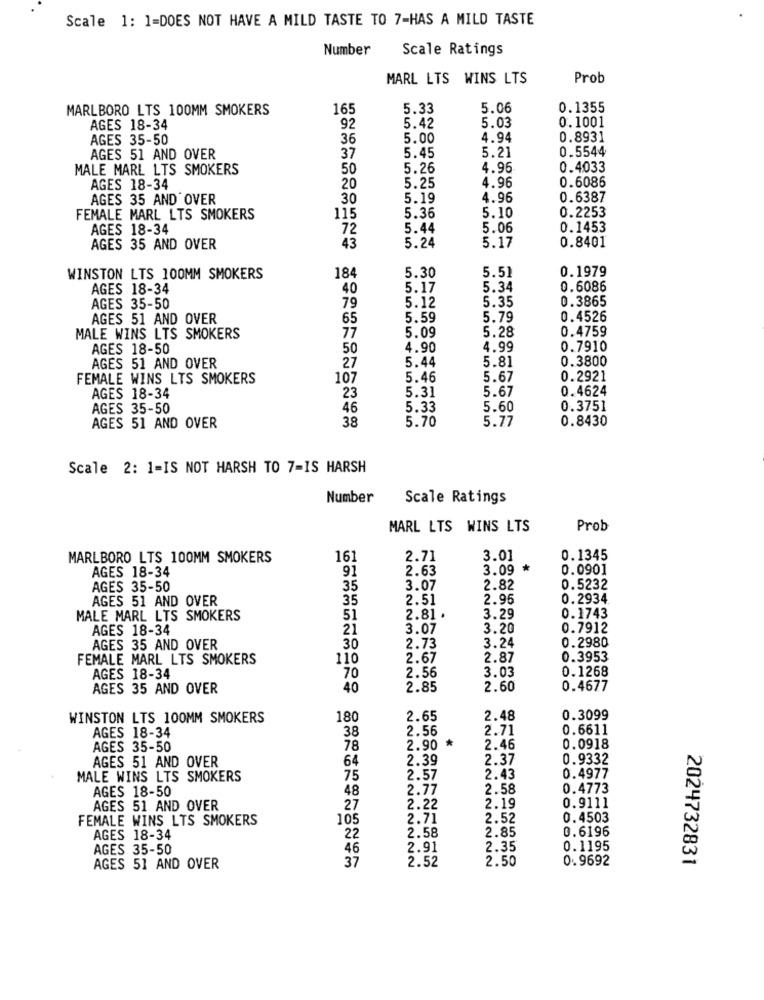
Scale 1: 1=DOES NOT HAVE A MILD TASTE TO 7-HAS A MILD TASTE
Number
Scale Ratings
MARL LTS WINS LTS
Prob
MARLBORO LTS 100MM SMOKERS
165
5.33
5.06
0.1355
5.03
0.1001
AGES 18-34
92
5.42
AGES 35-50
36
5.00
4.94
0.8931
5.45
5.21
0.5544
AGES 51 AND OVER
37
MALE MARL LTS SMOKERS
50
5.26
4.96
0.4033
0.6086
AGES 18-34
20
5.25
4.96
AGES 35 AND OVER
30
5.19
4.96
0.6387
0.2253
FEMALE MARL LTS SMOKERS
115
5.36
5.10
AGES 18-34
72
5.44
5.06
0.1453
0.8401
AGES 35 AND OVER
43
5.24
5.17
5.51
0.1979
WINSTON LTS 100MM SMOKERS
184
5.30
AGES 18-34
40
5.17
5.34
0.6086
5.12
5.35
0.3865
AGES 35-50
79
AGES 51 AND OVER
65
5.59
5.79
0.4526
5.09
5.28
0.4759
MALE WINS LTS SMOKERS
77
AGES 18-50
50
4.90
4.99
0.7910
5.81
0.3800
AGES 51 AND OVER
27
5.44
FEMALE WINS LTS SMOKERS
107
5.46
5.67
0.2921
5.31
5.67
0.4624
AGES 18-34
23
AGES 35-50
46
5.33
5.60
0.3751
38
5.70
5.77
0.8430
AGES 51 AND OVER
Scale 2: 1-IS NOT HARSH TO 7=IS HARSH
Number
Scale Ratings
MARL LTS WINS LTS
Prob
MARLBORO LTS 100MM SMOKERS
161
2.71
3.01
0.1345
AGES 18-34
91
2.63
3.09 *
0.0901
AGES 35-50
35
3.07
2.82
0.5232
AGES 51 AND OVER
35
2.51
2.95
0.2934
MALE MARL LTS SMOKERS
51
2.81 .
3.29
0.1743
AGES 18-34
21
3.07
3.20
0.7912
0.2980
AGES 35 AND OVER
30
2.73
3.24
FEMALE MARL LTS SMOKERS
110
2.67
2.87
0.3953
3.03
0.1268
AGES 18-34
70
2.56
AGES 35 AND OVER
40
2.85
2.60
0.4677
WINSTON LTS 100MM SMOKERS
180
2.65
2.48
0.3099
AGES 18-34
38
2.56
2.71
0.6611
AGES 35-50
78
2.90 *
2.46
0.0918
64
2.39
2.37
0.9332
AGES 51 AND OVER
MALE WINS LTS SMOKERS
75
2.57
2.43
0.4977
AGES 18-50
48
2.77
2.58
0.4773
AGES 51 AND OVER
27
2.22
2.19
0.9111
FEMALE WINS LTS SMOKERS
105
2.71
2.52
0.4503
2.85
0.6196
AGES 18-34
22
2.58
AGES 35-50
46
2.91
2.35
0.1195
37
2.52
2.50
0.9692
2024732831
AGES 51 AND OVER